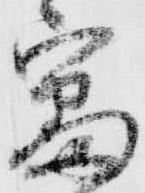
審